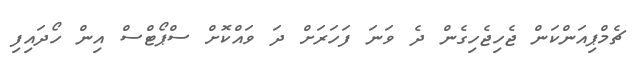
ޗެމްޕިއަންކަން ޖެހިޖެހިގެން ދެ ވަނަ ފަހަރަށް ދަ ވައްކޮށް ސްޕޯޓްސް އިން ހޯދައިފި